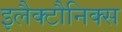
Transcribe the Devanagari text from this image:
इलैक्टौनिक्स